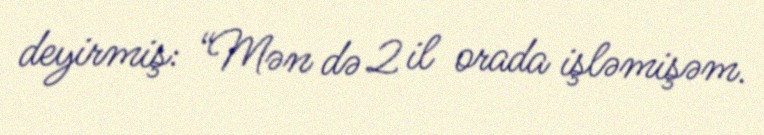
deyirmiş: “Mən də 2 il orada işləmişəm.